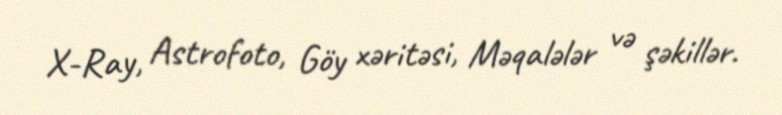
X-Ray, Astrofoto, Göy xəritəsi, Məqalələr və şəkillər.